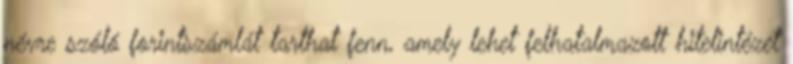
névre szóló forintszámlát tarthat fenn, amely lehet felhatalmazott hitelintézet